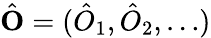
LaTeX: \hat{\mathbf{O}}=(\hat{O}_{1},\hat{O}_{2},\dots)